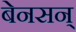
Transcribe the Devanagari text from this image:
बेनसन्